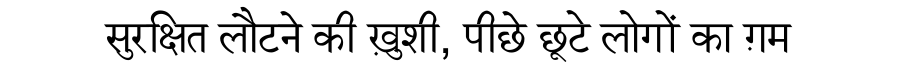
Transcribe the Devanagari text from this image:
सुरक्षित लौटने की ख़ुशी, पीछे छूटे लोगों का ग़म